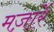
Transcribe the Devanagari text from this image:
मज़ारें